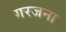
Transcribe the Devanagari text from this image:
गरजना